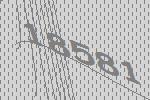
18581